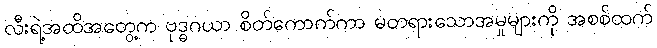
လီးရဲ့အထိအတွေ့က ဗုဒ္ဓဂယာ စိတ်ကောက်ကာ မတရားသောအမှုများကို အစစ်ထက်